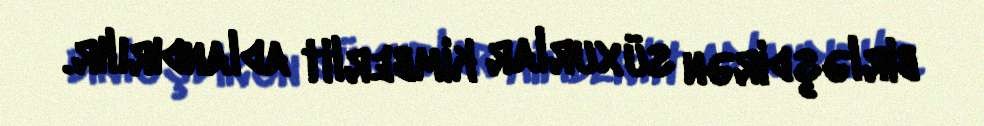
birləşdirən süxurlar kimberlit adlandırılır.